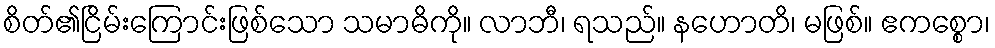
စိတ်၏ငြိမ်းကြောင်းဖြစ်သော သမာဓိကို။ လာဘီ၊ ရသည်။ နဟောတိ၊ မဖြစ်။ ဧကစ္စော၊